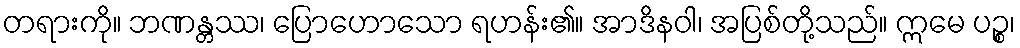
တရားကို။ ဘဏန္တဿ၊ ပြောဟောသော ရဟန်း၏။ အာဒိနဝါ၊ အပြစ်တို့သည်။ ဣမေ ပဉ္စ၊